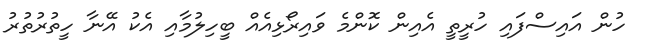
ހުން އައިސްފައި ހުރީތީ އެއިން ކޮންމެ ވައިރޯޅިއެއް ބީހިލުމާއި އެކު އޭނާ ހީތުރުތުރު